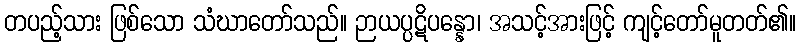
တပည့်သား ဖြစ်သော သံဃာတော်သည်။ ဉာယပ္ပဋိပန္နော၊ အသင့်အားဖြင့် ကျင့်တော်မူတတ်၏။